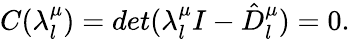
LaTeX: C(\lambda_{l}^{\mu})=det(\lambda_{l}^{\mu}I-\hat{D}_{l}^{\mu})=0.